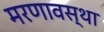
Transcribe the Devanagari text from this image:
मरणावस्था